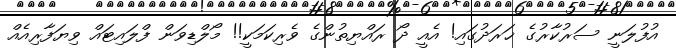
އުފުލަނީ ސަރުކާރުގެ ޚަރަދުގައި! އެއީ ދޯ ރައްޔިތުންގެ ވެރިކަމަކީ!! މޯލްޑިވަން ފްލައިޓައް ވިޔަފާރިއެއް